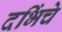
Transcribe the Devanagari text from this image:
दभिंचे